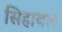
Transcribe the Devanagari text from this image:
सिहावल